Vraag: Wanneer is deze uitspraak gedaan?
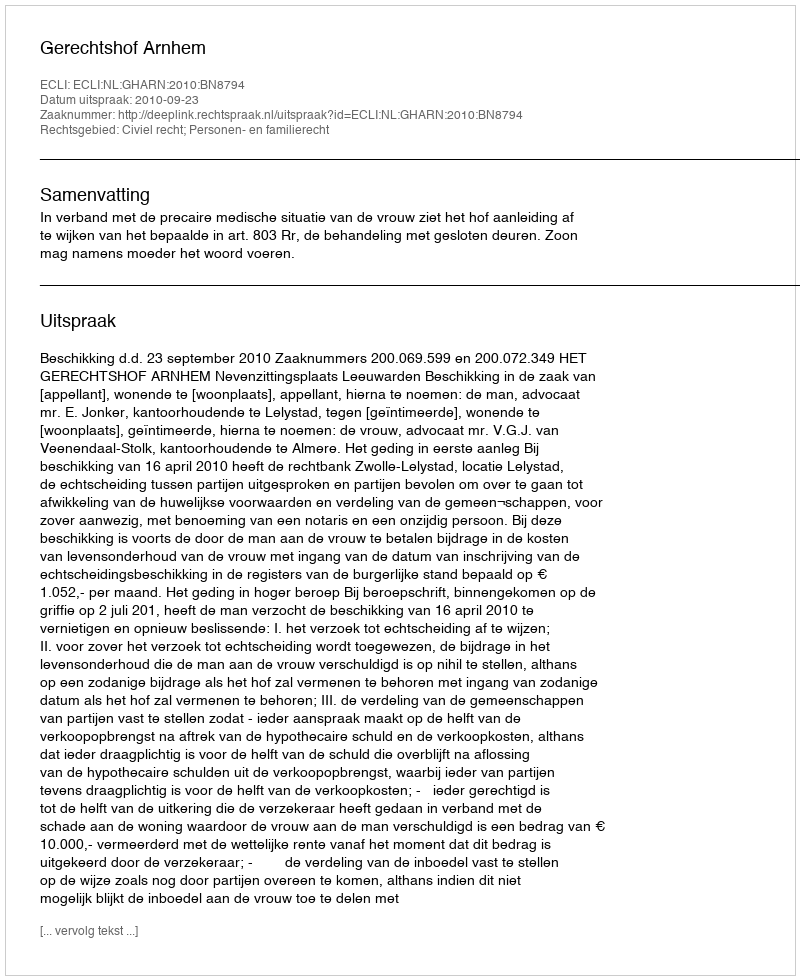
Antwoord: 2010-09-23